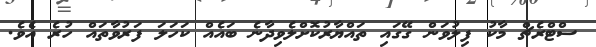
ސްޓްރެޗް މާކު ފިލުވަން ގޭގައި ތައްޔާރުކޮށްލެވިދާނެ ބައެއް ކަހަލަ ފަރުވާތައް ހުރެ އެވެ.